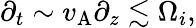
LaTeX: \partial_{t}\sim v_{\mathrm{A}}\partial_{z}\lesssim\Omega_{i},